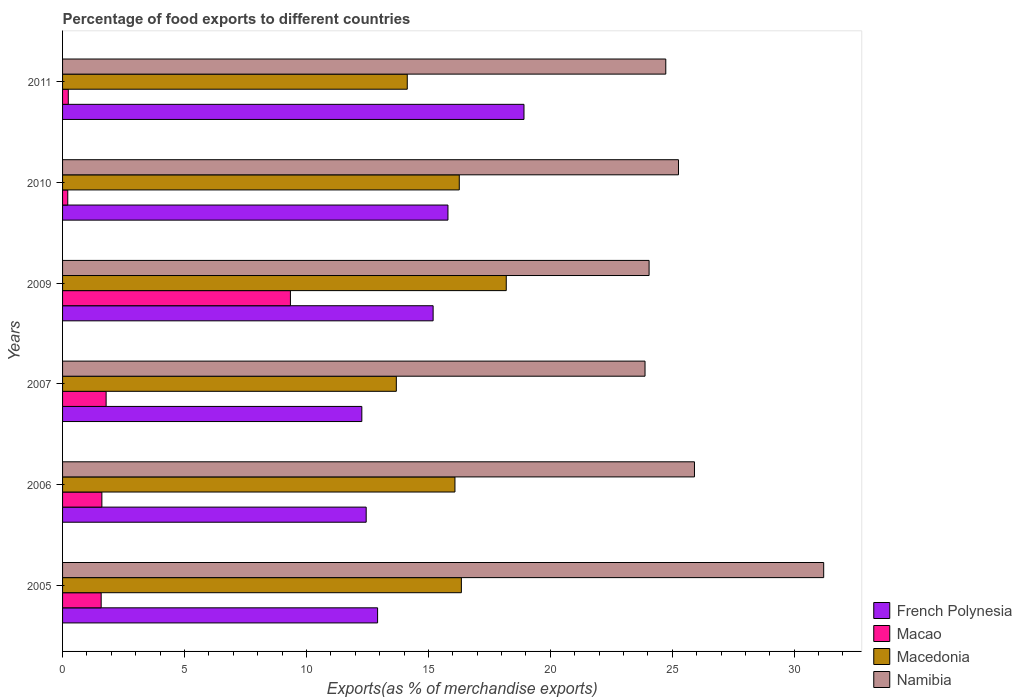
| Years | French Polynesia | Macao | Macedonia | Namibia |
 | --- | --- | --- | --- | --- |
 | 2005 | 12.9 | 1.58 | 16.4 | 31.2 |
 | 2006 | 12.4 | 1.61 | 16.1 | 25.9 |
 | 2007 | 12.3 | 1.79 | 13.7 | 23.9 |
 | 2009 | 15.2 | 9.34 | 18.2 | 24 |
 | 2010 | 15.8 | 0.213 | 16.3 | 25.3 |
 | 2011 | 18.9 | 0.235 | 14.1 | 24.7 |